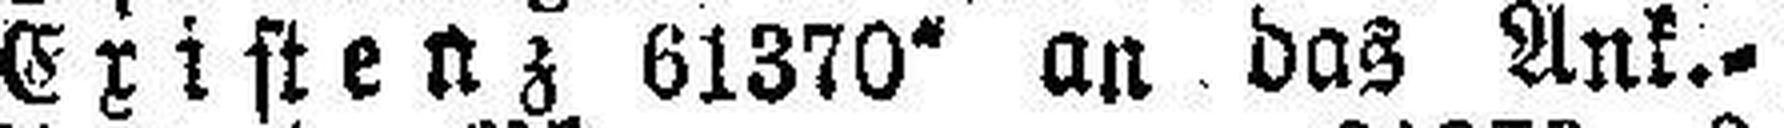
Existenz 61370“ an das Ank.=